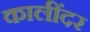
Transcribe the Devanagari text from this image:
कालींदर